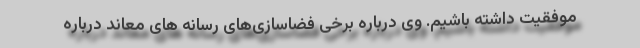
موفقیت داشته باشیم. وی درباره برخی فضاسازی‌های رسانه های معاند درباره